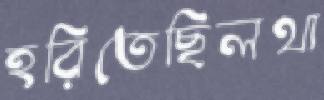
হরিতেছিলথা